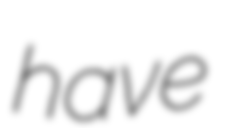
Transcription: have